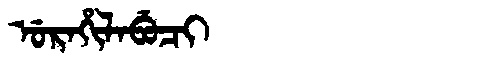
Manchu: ᡠᡵᠠᡥᡳᠯᠠᠪᡠᠴᡳ
Romanization: URAHILABUCI